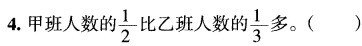
4.甲班人数的\frac{1}{2}比乙班人数的\frac{1}{3}多。( )